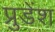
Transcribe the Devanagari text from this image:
प्रुडेंश